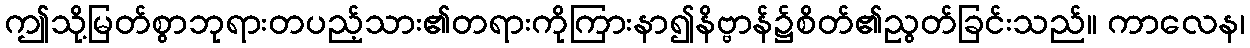
ဤသို့မြတ်စွာဘုရားတပည့်သား၏တရားကိုကြားနာ၍နိဗ္ဗာန်၌စိတ်၏ညွတ်ခြင်းသည်။ ကာလေန၊